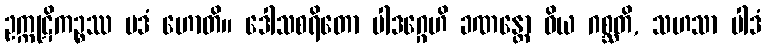
ဥက္ကုဋိကဉ္စဿ ပဒံ ဟောတိ။ ဒေါသစရိတော ပါဒဂ္ဂေဟိ ခဏန္တော ဝိယ ဂစ္ဆတိ, သဟသာ ပါဒံ